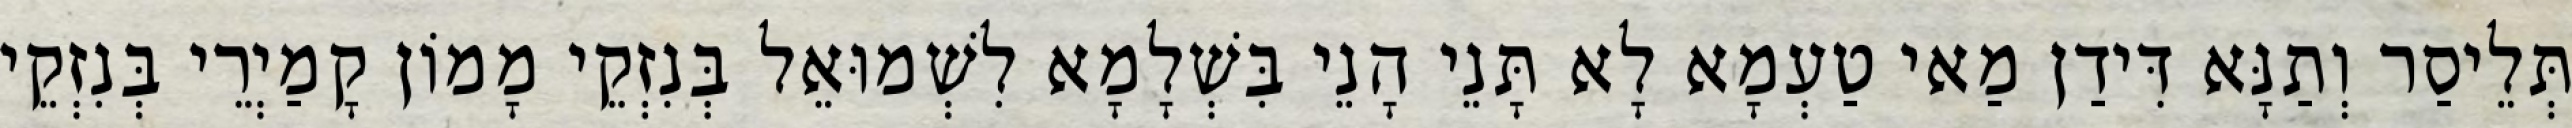
תְּלֵיסַר וְתַנָּא דִּידַן מַאי טַעְמָא לָא תָּנֵי הָנֵי בִּשְׁלָמָא לִשְׁמוּאֵל בְּנִזְקֵי מָמוֹן קָמַיְרֵי בְּנִזְקֵי